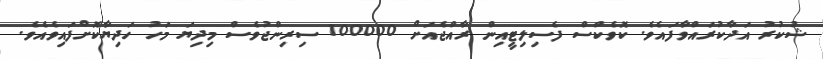
ޝުކުރު އަދާކުރައްވާފައެވެ. ކޮވެކްސް ފެސިލިޓީއިން ރާއްޖެއަށް 100000 ސިރިންޖުވެސް މިދިޔަ މަހު ހަދިޔާކޮށްފައިވެއެވެ.